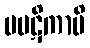
ပပဋိကာပိ